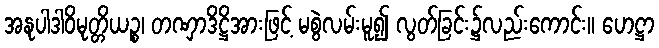
အနုပါဒါဝိမုတ္တိယဉ္စ၊ တဏှာဒိဋ္ဌိအားဖြင့် မစွဲလမ်းမူ၍ လွတ်ခြင်း၌လည်းကောင်း။ ဟေဋ္ဌာ